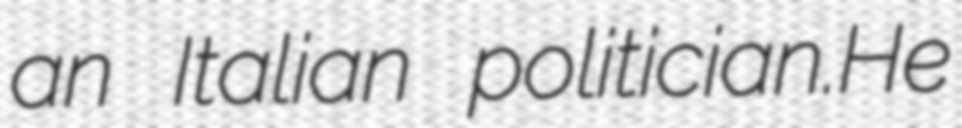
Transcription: an Italian politician.He